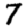
Digit: 7